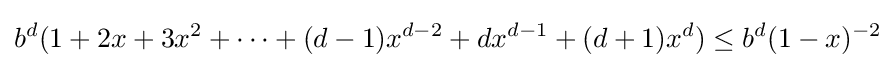
b^{d}(1+2x+3x^{2}+\cdots +(d-1)x^{d-2}+dx^{d-1}+(d+1)x^{d})\leq b^{d}(1-x)^{-2}